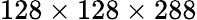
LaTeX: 128\times 128\times 288